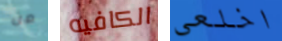
من الكافيه اخلعي